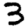
Digit: 3